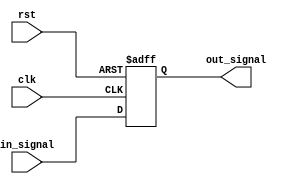
module lvcmos_buffer (
  input wire clk,                 // Clock input
  input wire rst,                 // Reset input
  input wire in_signal,           // Input signal from internal logic
  output reg out_signal           // Output signal to output pad
);

always @(posedge clk or posedge rst) begin
  if (rst) begin
    out_signal <= 1'b0;           // Reset the output signal to 0
  end else begin
    out_signal <= in_signal;      // Buffer the input signal to the output pad
  end
end

endmodule